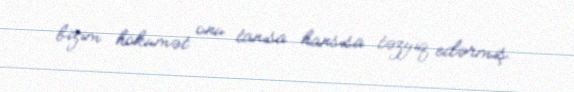
bizim hökumət onu tanısa hansısa təzyiq edərmiş.